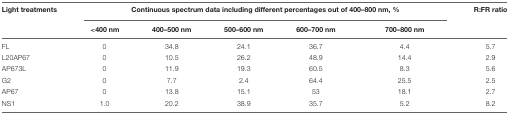
<table><thead><tr><td><b>Light treatments</b></td><td colspan="5"><b>Continuous spectrum data including different percentages out of 400–800 nm, %</b></td><td><b>R:FR ratio</b></td></tr><tr><td></td><td><b>&lt;400 nm</b></td><td><b>400–500 nm</b></td><td><b>500–600 nm</b></td><td><b>600–700 nm</b></td><td><b>700–800 nm</b></td><td></td></tr></thead><tbody><tr><td>FL</td><td>0</td><td>34.8</td><td>24.1</td><td>36.7</td><td>4.4</td><td>5.7</td></tr><tr><td>L20AP67</td><td>0</td><td>10.5</td><td>26.2</td><td>48.9</td><td>14.4</td><td>2.9</td></tr><tr><td>AP673L</td><td>0</td><td>11.9</td><td>19.3</td><td>60.5</td><td>8.3</td><td>5.6</td></tr><tr><td>G2</td><td>0</td><td>7.7</td><td>2.4</td><td>64.4</td><td>25.5</td><td>2.5</td></tr><tr><td>AP67</td><td>0</td><td>13.8</td><td>15.1</td><td>53</td><td>18.1</td><td>2.7</td></tr><tr><td>NS1</td><td>1.0</td><td>20.2</td><td>38.9</td><td>35.7</td><td>5.2</td><td>8.2</td></tr></tbody></table>